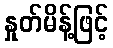
နှုတ်မိန့်ဖြင့်